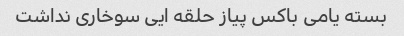
بسته یامی باکس پیاز حلقه ایی سوخاری نداشت